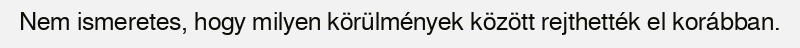
Nem ismeretes, hogy milyen körülmények között rejthették el korábban.